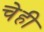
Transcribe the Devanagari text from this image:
चेही